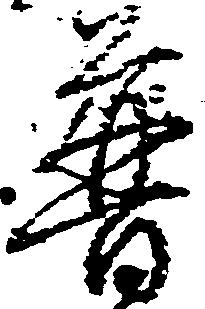
普